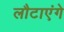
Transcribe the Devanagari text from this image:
लौटाएंगे